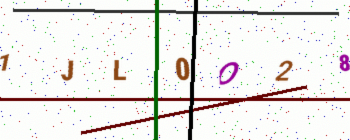
Text: 1JL0O28